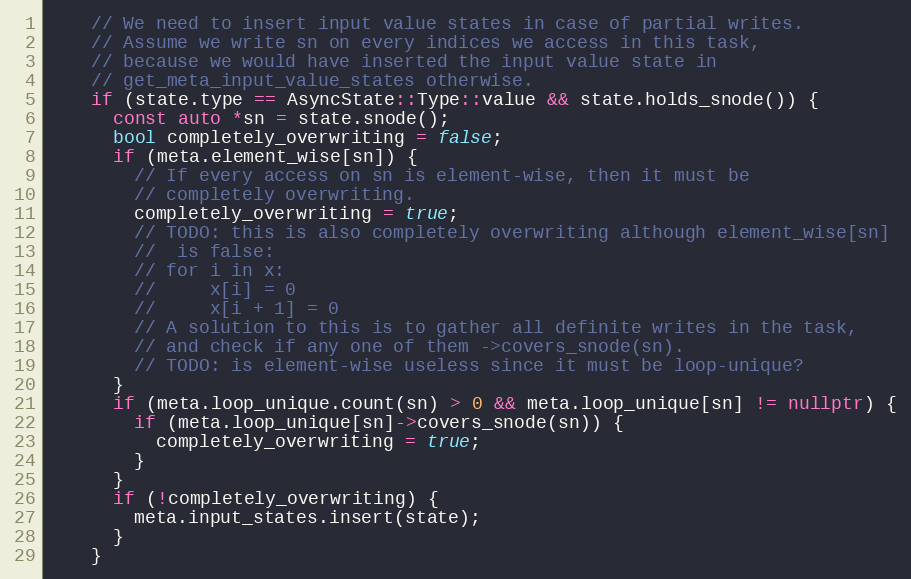
Language: C++
    // We need to insert input value states in case of partial writes.
    // Assume we write sn on every indices we access in this task,
    // because we would have inserted the input value state in
    // get_meta_input_value_states otherwise.
    if (state.type == AsyncState::Type::value && state.holds_snode()) {
      const auto *sn = state.snode();
      bool completely_overwriting = false;
      if (meta.element_wise[sn]) {
        // If every access on sn is element-wise, then it must be
        // completely overwriting.
        completely_overwriting = true;
        // TODO: this is also completely overwriting although element_wise[sn]
        //  is false:
        // for i in x:
        //     x[i] = 0
        //     x[i + 1] = 0
        // A solution to this is to gather all definite writes in the task,
        // and check if any one of them ->covers_snode(sn).
        // TODO: is element-wise useless since it must be loop-unique?
      }
      if (meta.loop_unique.count(sn) > 0 && meta.loop_unique[sn] != nullptr) {
        if (meta.loop_unique[sn]->covers_snode(sn)) {
          completely_overwriting = true;
        }
      }
      if (!completely_overwriting) {
        meta.input_states.insert(state);
      }
    }